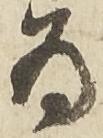
為